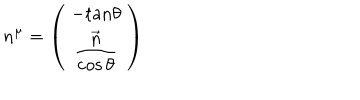
LaTeX: n ^ { \mu } = \left( \begin{array} { c } { { \begin{array} { c } { { - \mathrm { t a n } \theta } } \\ { { \displaystyle \frac { \vec { n } } { \cos \theta } } } \\ \end{array} } } \\ \end{array} \right)